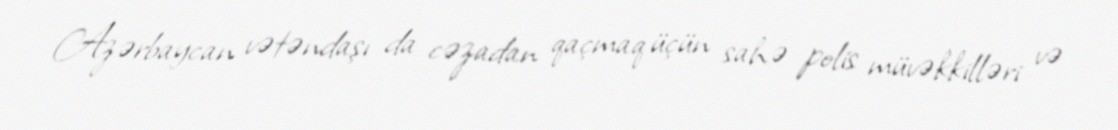
Azərbaycan vətəndaşı da cəzadan qaçmaq üçün sahə polis müvəkkilləri və